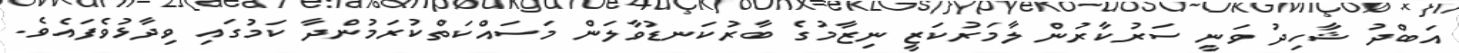
އަބްދު ޝާހިދު ވަނީ ސަރުކާރުން ލާމަރުކަޒީ ނިޒާމުގެ ބާރުކަނޑުވާލަން މަސައްކަތްކުރަމުންދާ ކަމުގައި ވިދާޅުވެފައެވެ.